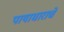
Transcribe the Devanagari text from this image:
पायाधाराचे